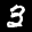
Label: 3